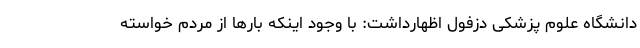
دانشگاه علوم پزشکی دزفول اظهارداشت: با وجود اینکه بارها از مردم خواسته